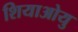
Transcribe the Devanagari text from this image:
शियाओयु